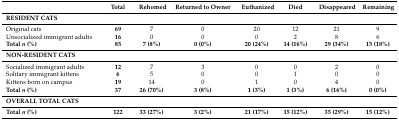
<table><thead><tr><td></td><td><b>Total</b></td><td><b>Rehomed</b></td><td><b>Returned to Owner</b></td><td><b>Euthanized</b></td><td><b>Died</b></td><td><b>Disappeared</b></td><td><b>Remaining</b></td></tr></thead><tbody><tr><td colspan="8"><b>RESIDENT CATS</b></td></tr><tr><td>Original cats</td><td><b>69</b></td><td>7</td><td>0</td><td>20</td><td>12</td><td>21</td><td>9</td></tr><tr><td>Unsocialized immigrant adults</td><td><b>16</b></td><td>0</td><td>0</td><td>0</td><td>2</td><td>8</td><td>6</td></tr><tr><td><b>Total <i>n</i> (%)</b></td><td><b>85</b></td><td><b>7 (8%)</b></td><td><b>0 (0%)</b></td><td><b>20 (24%)</b></td><td><b>14 (16%)</b></td><td><b>29 (34%)</b></td><td><b>15 (18%)</b></td></tr><tr><td colspan="8"><b>NON-RESIDENT CATS</b></td></tr><tr><td>Socialized immigrant adults</td><td><b>12</b></td><td>7</td><td>3</td><td>0</td><td>0</td><td>2</td><td>0</td></tr><tr><td>Solitary immigrant kittens</td><td><b>6</b></td><td>5</td><td>0</td><td>0</td><td>1</td><td>0</td><td>0</td></tr><tr><td>Kittens born on campus</td><td><b>19</b></td><td>14</td><td>0</td><td>1</td><td>0</td><td>4</td><td>0</td></tr><tr><td><b>Total <i>n</i> (%)</b></td><td><b>37</b></td><td><b>26 (70%)</b></td><td><b>3 (8%)</b></td><td><b>1 (3%)</b></td><td><b>1 (3%)</b></td><td><b>6 (16%)</b></td><td><b>0 (0%)</b></td></tr><tr><td colspan="8"><b>OVERALL TOTAL CATS</b></td></tr><tr><td><b>Total <i>n</i> (%)</b></td><td><b>122</b></td><td><b>33 (27%)</b></td><td><b>3 (2%)</b></td><td><b>21 (17%)</b></td><td><b>15 (12%)</b></td><td><b>35 (29%)</b></td><td><b>15 (12%)</b></td></tr></tbody></table>